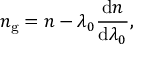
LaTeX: n _ { \mathrm { g } } = n - \lambda _ { 0 } { \frac { \mathrm { d } n } { \mathrm { d } \lambda _ { 0 } } } ,